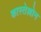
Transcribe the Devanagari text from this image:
कास्तेल्लोन